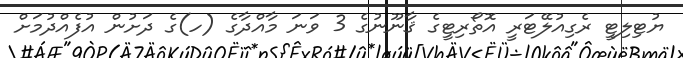
ޔުޓިލިޓީ ރެގިއުލޭޓަރީ އޮތޯރިޓީގެ ޤާނޫނުގެ 3 ވަނަ މާއްދާގެ (ހ)ގެ ދަށުން އުފެއްދުމަށް